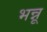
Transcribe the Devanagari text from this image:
भन्नू